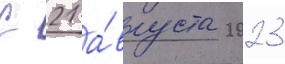
С 21 а́вгуста 2023